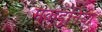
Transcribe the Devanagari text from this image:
मकदुनिया